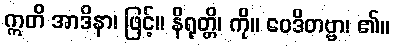
ဣတိ အာဒိနာ၊ ဖြင့်။ နိရုတ္တိ၊ ကို။ ဝေဒိတဗ္ဗာ၊ ၏။